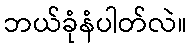
ဘယ်ခုံနံပါတ်လဲ။